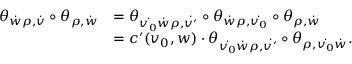
\begin{array} { r l } { \theta _ { \dot { w } \rho , \dot { v } } \circ \theta _ { \rho , \dot { w } } } & { = \theta _ { \dot { v _ { 0 } } \dot { w } \rho , \dot { v ^ { \prime } } } \circ \theta _ { \dot { w } \rho , \dot { v _ { 0 } } } \circ \theta _ { \rho , \dot { w } } } \\ & { = c ^ { \prime } ( v _ { 0 } , w ) \cdot \theta _ { \dot { v _ { 0 } } \dot { w } \rho , \dot { v ^ { \prime } } } \circ \theta _ { \rho , \dot { v _ { 0 } } \dot { w } } . } \end{array}